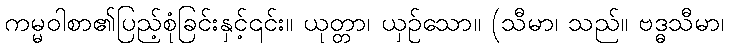
ကမ္မဝါစာ၏ပြည့်စုံခြင်းနှင့်၎င်း။ ယုတ္တာ၊ ယှဉ်သော။ (သီမာ၊ သည်။ ဗဒ္ဓသီမာ၊